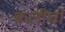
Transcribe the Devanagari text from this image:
कलीचो